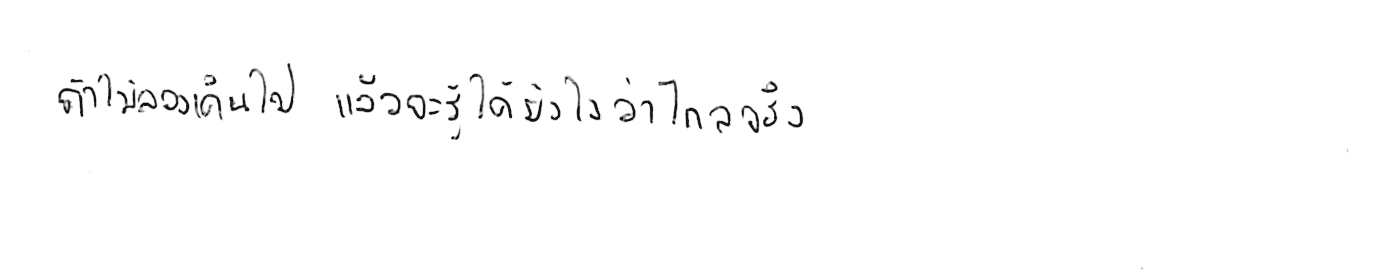
ถ้าไม่ลองเดินไป แล้วจะรู้ได้ยังไงว่าไกลจริง